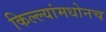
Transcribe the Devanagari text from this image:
किल्ल्यांमधोनच